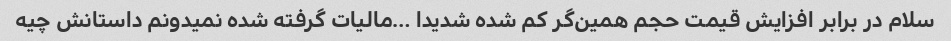
سلام در برابر افزایش قیمت حجم همین‌گر کم شده شدیدا …مالیات گرفته شده نمیدونم داستانش چیه